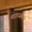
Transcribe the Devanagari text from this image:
मााध्यम